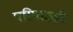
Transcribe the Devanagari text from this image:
परिपाठही